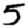
Digit: 5